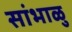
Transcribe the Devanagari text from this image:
सांभाळु